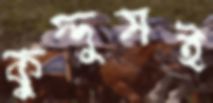
কুদ্দুসই